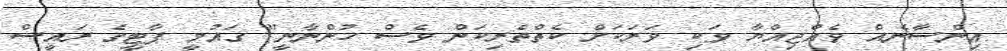
އިންސާނެއް ވެއްޖިއްޔާ ވަކި ވަރަކަށް ކެތްތެރިކަން ވެސް ހުންނާނީ" ގައުމީ ޕާޓީގެ ރައީސް